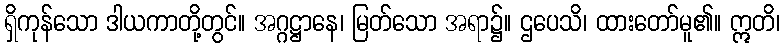
ရှိကုန်သော ဒါယကာတို့တွင်။ အဂ္ဂဋ္ဌာနေ၊ မြတ်သော အရာ၌။ ဌပေသိ၊ ထားတော်မူ၏။ ဣတိ၊